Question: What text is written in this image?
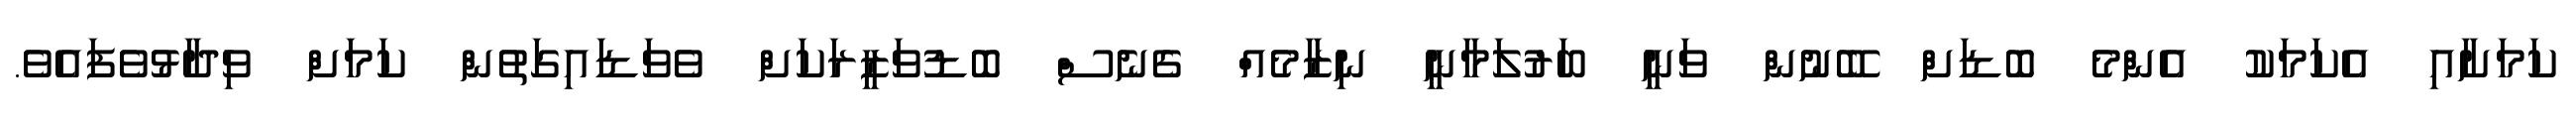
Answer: ކަމަށާއި އެކަމަކު އެންމެ ބޮޑަށް ބޭނުން ވަނީ ބަރުލަމާނީ ނިޒާމެއް ގެނެސް ބޮޑުވަޒީރަކަށް ވެވަޑައިގަތުން ކަމަށް ވިދާޅުވެފައެވެ.